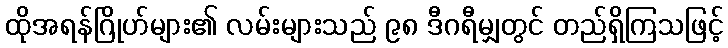
ထိုအရန်ဂြိုဟ်များ၏ လမ်းများသည် ၉၈ ဒီဂရီမျှတွင် တည်ရှိကြသဖြင့်